Vaccination United Provinces of Agra and Oudh 1902-1913 - 1902-1913
Year: 1902
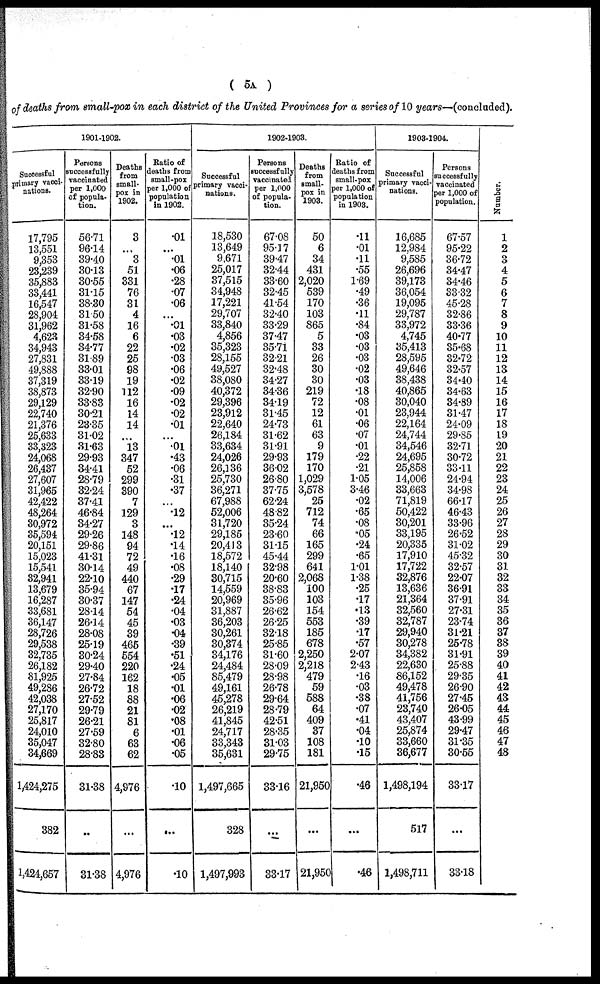
( 5A )
of deaths from small-pox in each district of the United Provinces for a series of 10 years—(concluded).
1901-1902.
Successful
primary vacci-
nations.
17,795
13,551
9,353
23,239
35,883
33,441
16,547
28,904
31,962
4,623
34,943
27,831
49,888
37,319
38,873
29,129
22,740
21,376
25,633
33,323
24,068
26,437
27,607
31,965
42,422
48,264
30,972
35,594
20,151
15,023
15,541
32,941
13,679
16,287
33,681
36,147
28,726
29,538
32,735
26,182
81,925
49,286
42,038
27,170
25,817
24,010
35,047
34,669
1,424,275
382
1,424,657
Persons
successfully
vaccinated
per 1,000
of popula-
tion.
56.71
96.14
39.40
30.13
30.55
31.15
38.30
31.50
31.58
34.58
34.77
31.89
33.01
33.19
32.90
33.83
30.21
23.35
31.02
31.63
29.93
34.41
28.79
32.24
37.41
46.84
34.27
29.26
29.86
41.31
30.14
22.10
35.94
30.37
28.14
26.14
28.08
25.19
30.24
29.40
27.84
26.72
27.52
29.79
26.21
27.59
32.80
28.83
31.38
...
31.38
Deaths
from
small-
pox in
1902.
3
...
3
51
331
76
31
4
16
6
22
25
98
19
112
16
14
14
...
18
347
52
299
390
7
129
3
148
94
72
49
440
67
147
54
45
39
465
554
220
162
18
88
21
81
6
63
62
4,976
...
4,976
Ratio of
deaths from
small-pox
per 1,000 of
population
in 1902.
.01
...
.01
.06
.28
.07
.06
...
.01
.03
.02
.03
.06
.02
.09
.02
.02
.01
...
.01
.43
.06
.31
.37
...
.12
...
.12
.14
.16
.08
.29
.17
.24
.04
.03
.04
.39
.51
.24
.05
.01
.06
.02
.08
.01
.06
.05
.10
...
.10
1902-1903.
Successful
primary vacci¬
nations.
18,530
13,649
9,671
25,017
37,515
34,948
17,221
29,707
33,840
4,856
35,323
28,155
49,527
38,080
40,372
29,396
23,912
22,640
26,184
33,634
24,026
26,136
25,730
36,271
67,988
52,006
31,720
29,185
20,413
18,572
18,140
30,715
14,559
20,969
31,887
36,203
30,261
30,374
34,176
24,484
85,479
49,161
45,278
26,219
41,845
24,717
33,343
35,631
1,497,665
328
1,497,993
Persons
successfully
vaccinated
per 1,000
of popula-
tion.
67.08
95.17
39.47
32.44
33.60
32.45
41.54
32.40
33.29
37.47
35.71
32.21
32.48
34.27
34.36
34.19
31.45
24.73
31.62
31.91
29.93
36.02
26.80
37.75
62.24
48.82
35.24
23.60
31.15
45.44
32.98
20.60
38.83
35.96
26.62
26.25
32.18
25.85
31.60
28.09
28.98
26.78
29.64
28.79
42.51
28.35
31.03
29.75
33.16
...
33.17
Deaths
from
small-
pox in
1903.
50
6
34
431
2,020
539
170
103
865
5
33
26
30
30
219
72
12
61
63
9
179
170
1,029
3,578
25
712
74
66
165
299
641
2,068
100
103
154
553
185
678
2,250
2,218
479
59
588
64
409
37
108
181
21,950
...
21,950
Ratio of
deaths from
small-pox
per 1,000 of
population
in 1903.
.11
.01
.11
.55
1.69
.49
.36
.11
.84
.03
.03
.03
.02
.03
.18
.08
.01
.06
.07
.01
.22
.21
1.05
3.46
.02
.65
.08
.05
.24
.65
1.01
1.38
.25
.17
.13
.39
.17
.57
2.07
2.43
.16
.03
.38
.07
.41
.04
.10
.15
.46
...
.46
1903-1904.
Successful
primary vacci-
nations.
16,685
12,984
9,585
26,696
39,173
36,054
19,095
29,787
33,972
4,745
35,413
28,595
49,646
38,438
40,865
30,040
23,944
22,164
24,744
34,546
24,695
25,858
14,006
33,663
71,819
50,422
30,201
33,195
20,335
17,910
17,722
32,876
13,636
21,364
32,560
32,787
29,940
30,278
34,382
22,630
86,152
49,478
41,756
23,740
43,407
25,874
33,660
36,677
1,498,194
517
1,498,711
Persons
successfully
vaccinated
per 1,000 of
population.
67.57
95.22
36.72
34.47
34.46
33.32
45.28
32.86
33.36
40.77
35.68
32.72
32.57
34.40
34.63
34.89
31.47
24.09
29.85
32.71
30.72
33.11
24.94
34.98
66.17
46.43
33.96
26.52
31.02
45.32
32.57
22.07
36.91
37.91
27.31
23.74
31.21
25.78
31.91
25.88
29.35
26.90
27.45
26.05
43.99
29.47
31.35
30.55
33.17
...
33.18
Number.
1
2
3
4
5
6
7
8
9
10
11
12
13
14
15
16
17
18
19
20
21
22
23
24
25
26
27
28
29
30
31
32
33
34
35
36
37
38
39
40
41
42
43
44
45
46
47
48